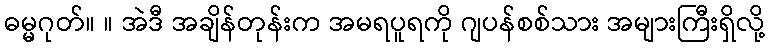
ဓမ္မဂုတ်။ ။ အဲဒီ အချိန်တုန်းက အမရပူရကို ဂျပန်စစ်သား အများကြီးရှိလို့